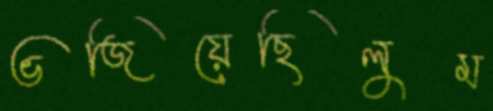
ভজিয়েছিলুম